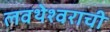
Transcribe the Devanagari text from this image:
लवथेश्वराची